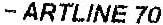
- ARTLINE 70